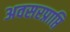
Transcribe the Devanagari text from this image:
अवसरप्राप्ति